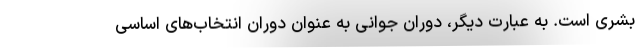
بشری است. به عبارت دیگر، دوران جوانی به عنوان دوران انتخاب‌های اساسی